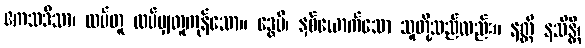
ဧကသဒိသာ၊ ထပ်တူ ထပ်မျှတူကုန်သော။ ဒွေပိ၊ နှစ်ယောက်သော သူတို့သည်လည်း။ နတ္ထိ နသိန္တိ၊